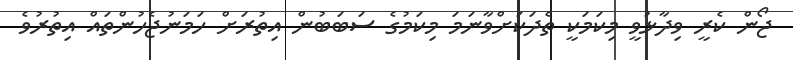
ޖޯން ކެރީ ވިދާޅުވީ މިކަމަކީ ތެދަކަށްވާނަމަ މިކަމުގެ ސަބަބުން އިތުރަށް ހަމަނުޖެހުންތައް އިތުރުވެ